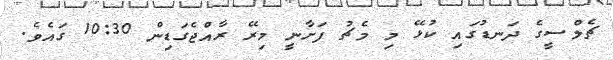
ޗެލްސީގެ ދަނޑުގައި ކުޅޭ މި މެޗު ފަށާނީ މިރޭ ރާއްޖެގަޑިން 10:30 ގައެވެ.